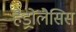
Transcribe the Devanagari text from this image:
हैड्रोलैसिस